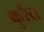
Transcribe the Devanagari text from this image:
कुर्रत